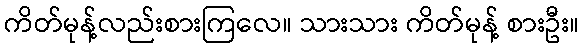
ကိတ်မုန့်လည်းစားကြလေ။ သားသား ကိတ်မုန့် စားဦး။